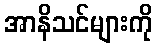
အာနိသင်များကို